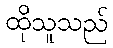
ထိုသူသည်